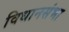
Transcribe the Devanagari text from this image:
विधानसंभा